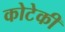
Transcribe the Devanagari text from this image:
कोटेकी